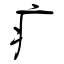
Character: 疒